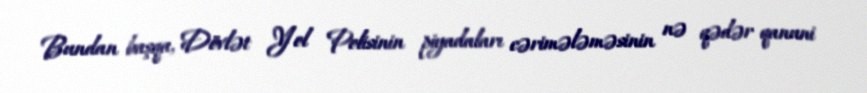
Bundan başqa, Dövlət Yol Polisinin piyadaları cərimələməsinin nə qədər qanuni